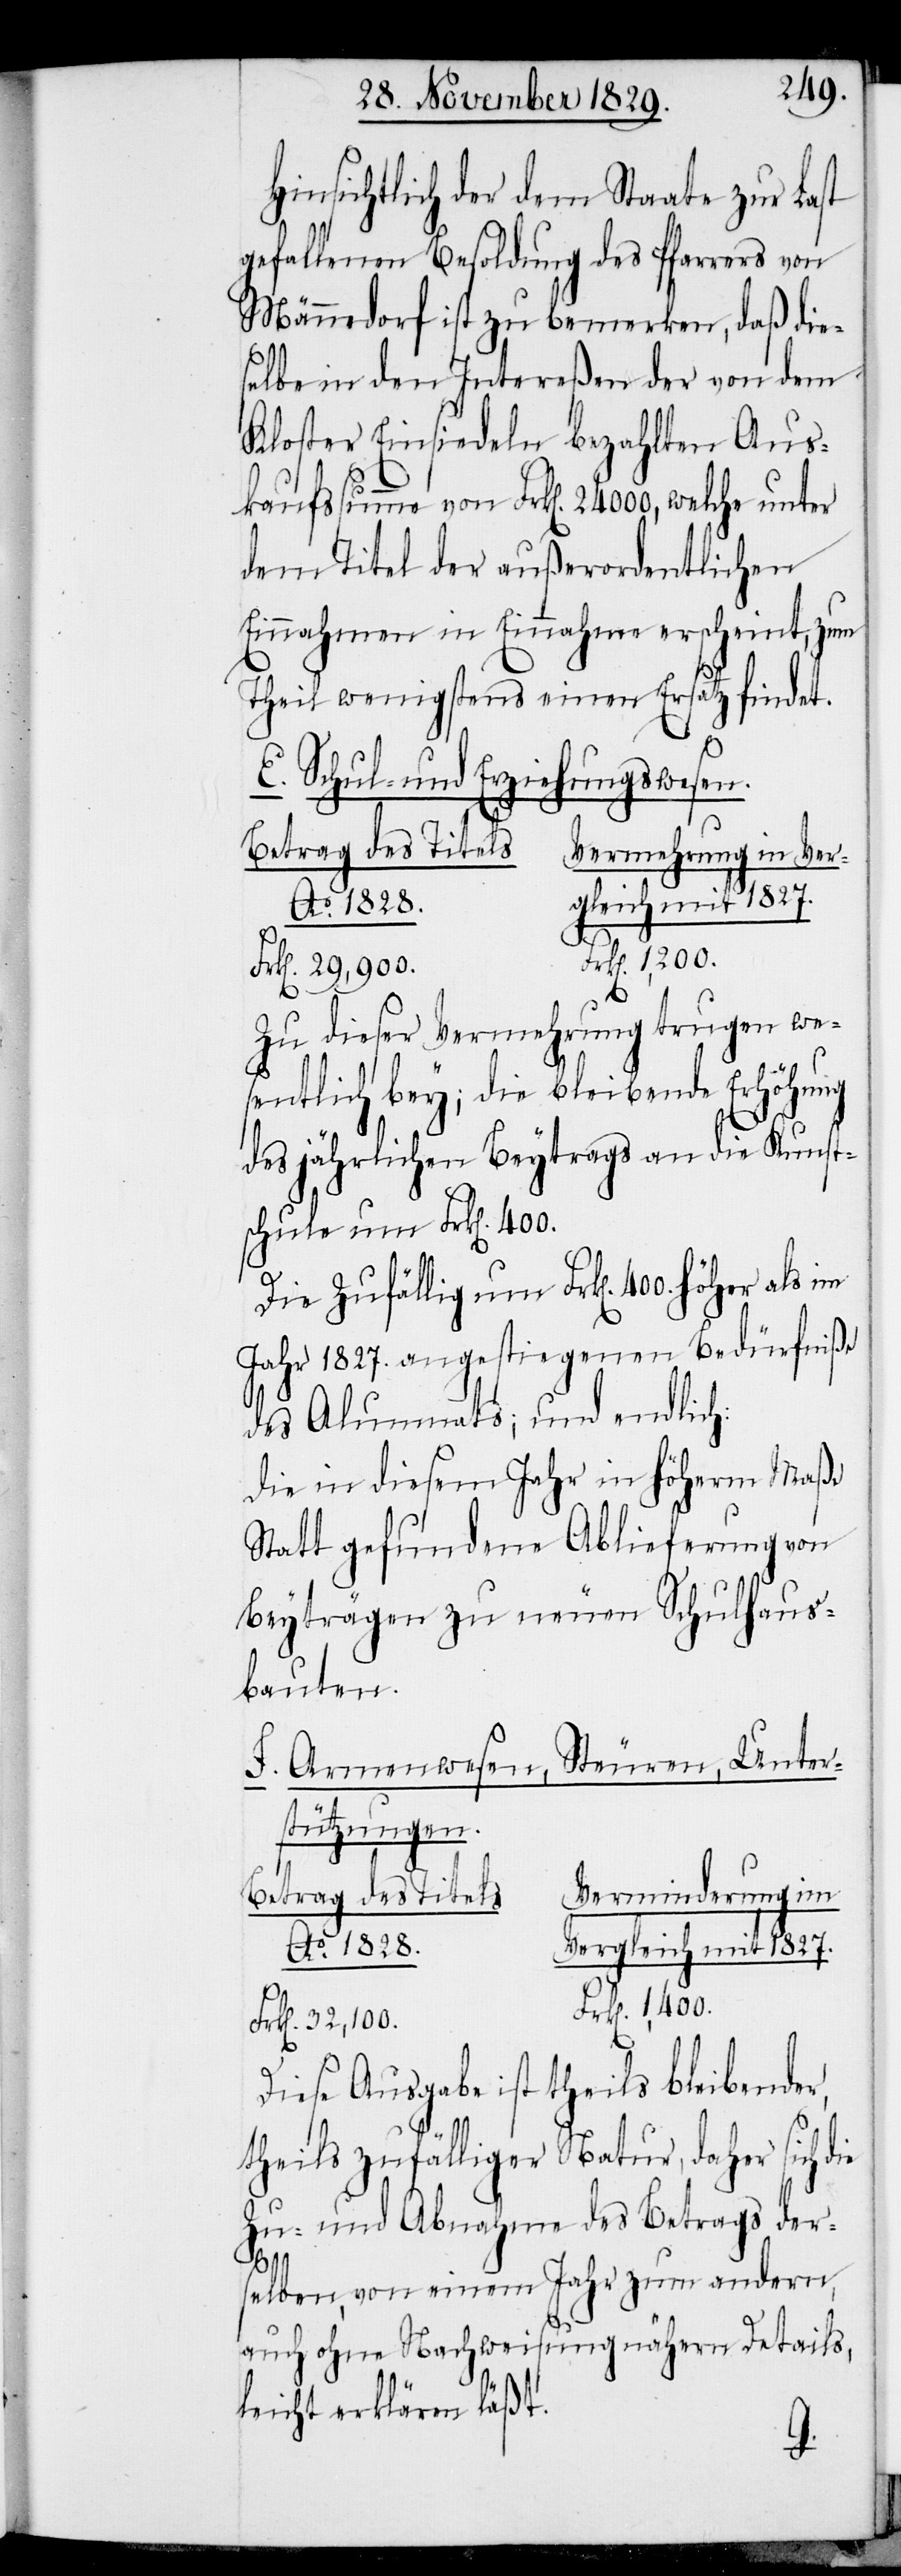
Hinsichtlich der dem Staate zur Last
gefallenen Besoldung des Pfarrers von
Männedorf ist zu bemerken, daß die¬
selbe in den Intereßen der von dem
Kloster Einsiedeln bezahlten Aus¬
kaufssumme von Frk[en]. 24000, welche unter
dem Titel der außerordentlichen
Theil wenigstens einen Ersatz findet.
E. Schul- und Erziehungswesen.
Betrag des Titels.
Vermehrung in Verg¬
Ao. 1828.
k[en]. 29,900.
F¬
Zu dieser Vermehrung trugen we¬
sentlich bey; die bleibende Erhöhung
des jährlichen Beytrags an die Kunst¬
schule um Frk[en]. 400.
Die zufällig um Frk[en]. 400. höher als
Jahr 1827. angestiegenen Bedürfniße
des Alumnats; und endlich:
die in diesem Jahr in höherm Maße
Statt gefundene Ablieferung von
Beyträgen zu neuen Schulhaus¬
bauten.
F. Armenwesen, Steuern, Unter¬
stützungen.
Verminderung im
rk[en]. 32,100.
Diese Ausgabe ist theils bleibender,
mit
theils zufälliger Natur, daher sich die
Zu- und Abnahme des Betrags der¬
1827.
selben, von einem Jahr zum andern,
auch ohne Nachweisung nähern Details,
leicht erklären läßt.